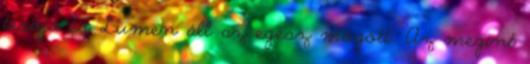
tesója és Lumen áll az egész mögött. Az megint